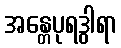
အန္တေပုရဒွါရာ